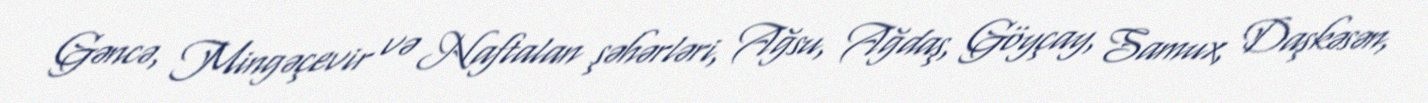
Gəncə, Mingəçevir və Naftalan şəhərləri, Ağsu, Ağdaş, Göyçay, Samux, Daşkəsən,